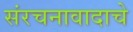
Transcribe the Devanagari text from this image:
संरचनावादाचे